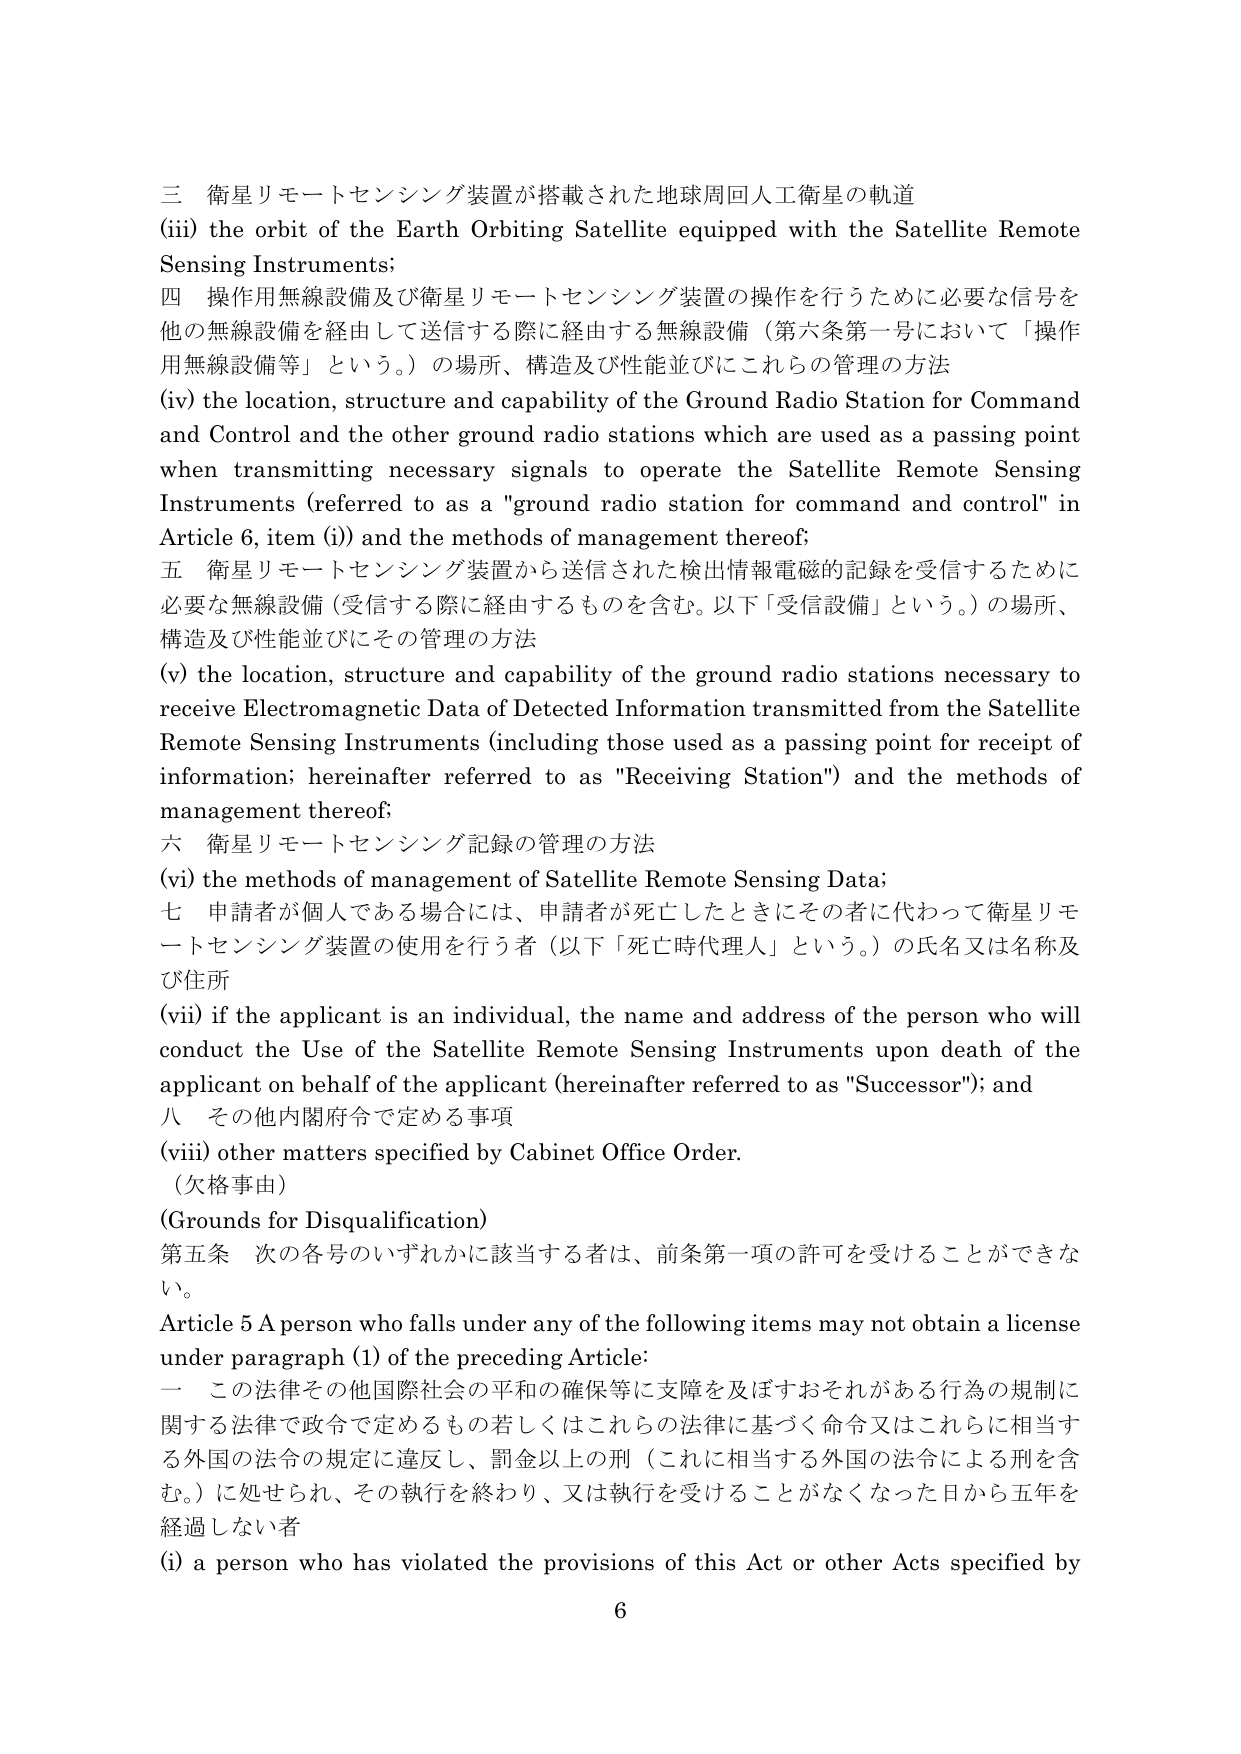
三 衛星リモートセンシング装置が搭載された地球周回人工衛星の軌道
(iii) the orbit of the Earth Orbiting Satellite equipped with the Satellite Remote Sensing Instruments;
四 操作用無線設備及び衛星リモートセンシング装置の操作を行うために必要な信号を他の無線設備を経由して送信する際に経由する無線設備（第六条第一号において「操作用無線設備等」という。）の場所、構造及び性能並びにこれらの管理の方法
(iv) the location, structure and capability of the Ground Radio Station for Command and Control and the other ground radio stations which are used as a passing point when transmitting necessary signals to operate the Satellite Remote Sensing Instruments (referred to as a "ground radio station for command and control" in Article 6, item (i)) and the methods of management thereof;
五 衛星リモートセンシング装置から送信された検出情報電磁的記録を受信するために必要な無線設備（受信する際に経由するものを含む。以下「受信設備」という。）の場所、構造及び性能並びにその管理の方法
(v) the location, structure and capability of the ground radio stations necessary to receive Electromagnetic Data of Detected Information transmitted from the Satellite Remote Sensing Instruments (including those used as a passing point for receipt of information; hereinafter referred to as "Receiving Station") and the methods of management thereof;
六 衛星リモートセンシング記録の管理の方法
(vi) the methods of management of Satellite Remote Sensing Data;
七 申請者が個人である場合には、申請者が死亡したときにその者に代わって衛星リモートセンシング装置の使用を行う者（以下「死亡時代理人」という。）の氏名又は名称及び住所
(vii) if the applicant is an individual, the name and address of the person who will conduct the Use of the Satellite Remote Sensing Instruments upon death of the applicant on behalf of the applicant (hereinafter referred to as "Successor"); and
八 その他内閣府令で定める事項
(viii) other matters specified by Cabinet Office Order.
（欠格事由）
(Grounds for Disqualification)
第五条 次の各号のいずれかに該当する者は、前条第一項の許可を受けることができない。
Article 5 A person who falls under any of the following items may not obtain a license under paragraph (1) of the preceding Article:
一 この法律その他国際社会の平和の確保等に支障を及ぼすおそれがある行為の規制に関する法律で政令で定めるもの若しくはこれらの法律に基づく命令又はこれらに相当する外国の法令の規定に違反し、罰金以上の刑（これに相当する外国の法令による刑を含む。）に処せられ、その執行を終わり、又は執行を受けることがなくなった日から五年を経過しない者
(i) a person who has violated the provisions of this Act or other Acts specified by
6